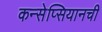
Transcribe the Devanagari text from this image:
कन्सेप्सियानची